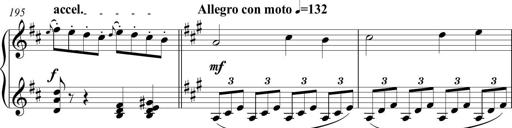
Title: Piano Sonatina in A major
Composer: Z Q Sysmoebius
Key: A major